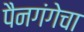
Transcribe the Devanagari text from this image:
पैनगंगेचा